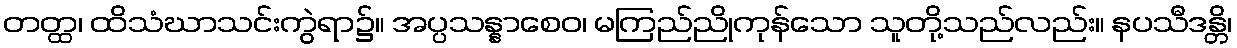
တတ္ထ၊ ထိသံဃာသင်းကွဲရာ၌။ အပ္ပသန္နာစေဝ၊ မကြည်ညိုကုန်သော သူတို့သည်လည်း။ နပသီဒန္တိ၊